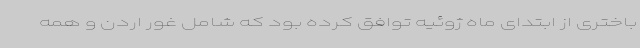
باختری از ابتدای ماه ژوئیه توافق کرده بود که شامل غور اردن و همه